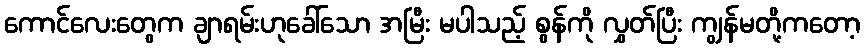
ကောင်လေးတွေက ချာရမ်းဟုခေါ်သော အမြီး မပါသည့် စွန်ကို လွှတ်ပြီး ကျွန်မတို့ကတော့